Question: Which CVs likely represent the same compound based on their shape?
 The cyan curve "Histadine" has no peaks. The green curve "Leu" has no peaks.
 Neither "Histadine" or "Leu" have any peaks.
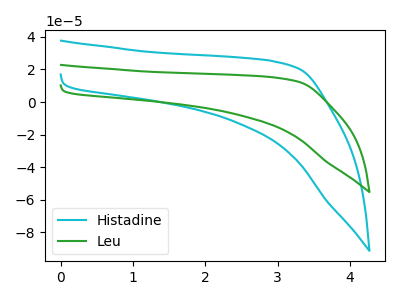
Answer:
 <answer>"Histadine" and "Leu" have the same shape and are likely CV's of the same chemical.</answer>
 <eval>"Histadine" "Leu"</eval>